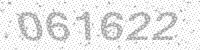
Solution: 061622